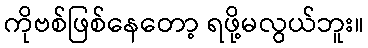
ကိုဗစ်ဖြစ်နေတော့ ရဖို့မလွယ်ဘူး။